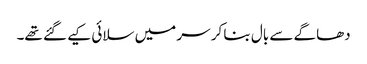
دھاگے سے بال بنا کر سر میں سلائی کیے گئے تھے۔